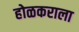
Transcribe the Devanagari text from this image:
होळकराला